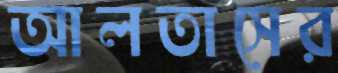
আলতাসের